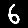
Digit: 6